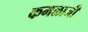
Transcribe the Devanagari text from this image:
कमळाजी